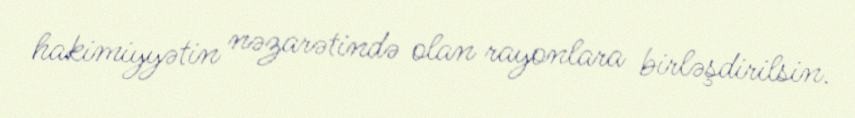
hakimiyyətin nəzarətində olan rayonlara birləşdirilsin.